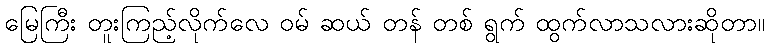
မြေကြီး တူးကြည့်လိုက်လေ ဝမ် ဆယ် တန် တစ် ရွက် ထွက်လာသလားဆိုတာ။